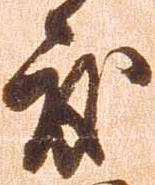
度